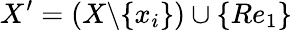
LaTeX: X^{\prime}=(X\backslash\{ x_{i}\} )\cup\{ Re_{1}\}